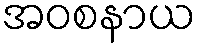
အဝစနာယ